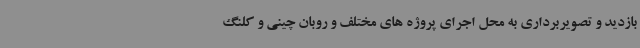
بازدید و تصویربرداری به محل اجرای پروژه های مختلف و روبان چینی و کلنگ